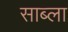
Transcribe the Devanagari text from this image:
साब्ला